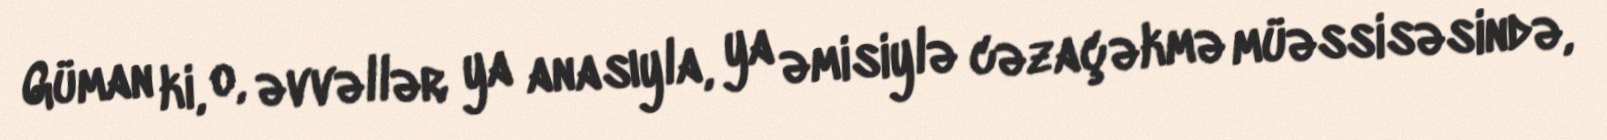
Güman ki, o, əvvəllər ya anasıyla, ya əmisiylə cəzaçəkmə müəssisəsində,